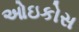
ઓઇકોસ